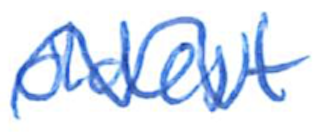
Text: oldest
Cross-out: wave
Writing tool: ballpoint